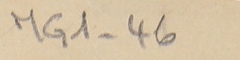
MG1-46